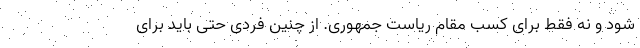
شود و نه فقط برای کسب مقام ریاست جمهوری. از چنین فردی حتی باید برای